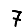
Digit: 7